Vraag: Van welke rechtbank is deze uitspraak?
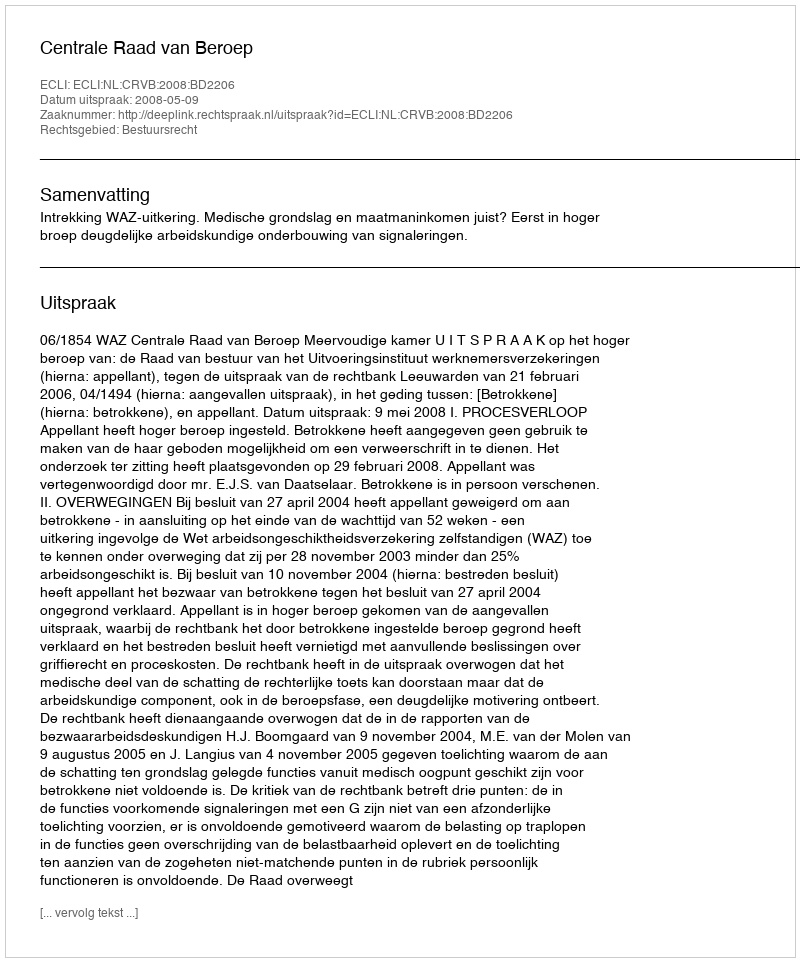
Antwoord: Centrale Raad van Beroep